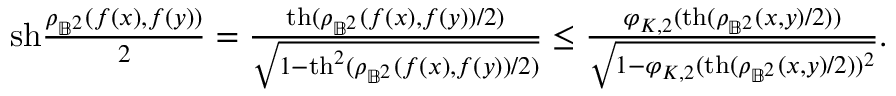
\begin{array} { r } { \mathrm { s h } \frac { \rho _ { \mathbb { B } ^ { 2 } } ( f ( x ) , f ( y ) ) } { 2 } = \frac { \mathrm { t h } ( \rho _ { \mathbb { B } ^ { 2 } } ( f ( x ) , f ( y ) ) / 2 ) } { \sqrt { 1 - \mathrm { t h } ^ { 2 } ( \rho _ { \mathbb { B } ^ { 2 } } ( f ( x ) , f ( y ) ) / 2 ) } } \leq \frac { \varphi _ { K , 2 } ( \mathrm { t h } ( \rho _ { \mathbb { B } ^ { 2 } } ( x , y ) / 2 ) ) } { \sqrt { 1 - \varphi _ { K , 2 } ( \mathrm { t h } ( \rho _ { \mathbb { B } ^ { 2 } } ( x , y ) / 2 ) ) ^ { 2 } } } . } \end{array}